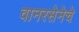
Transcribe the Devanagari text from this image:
वानरसेनेचे